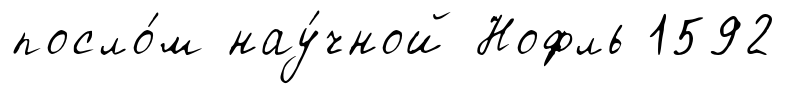
посло́м нау́чной Нофль 1592